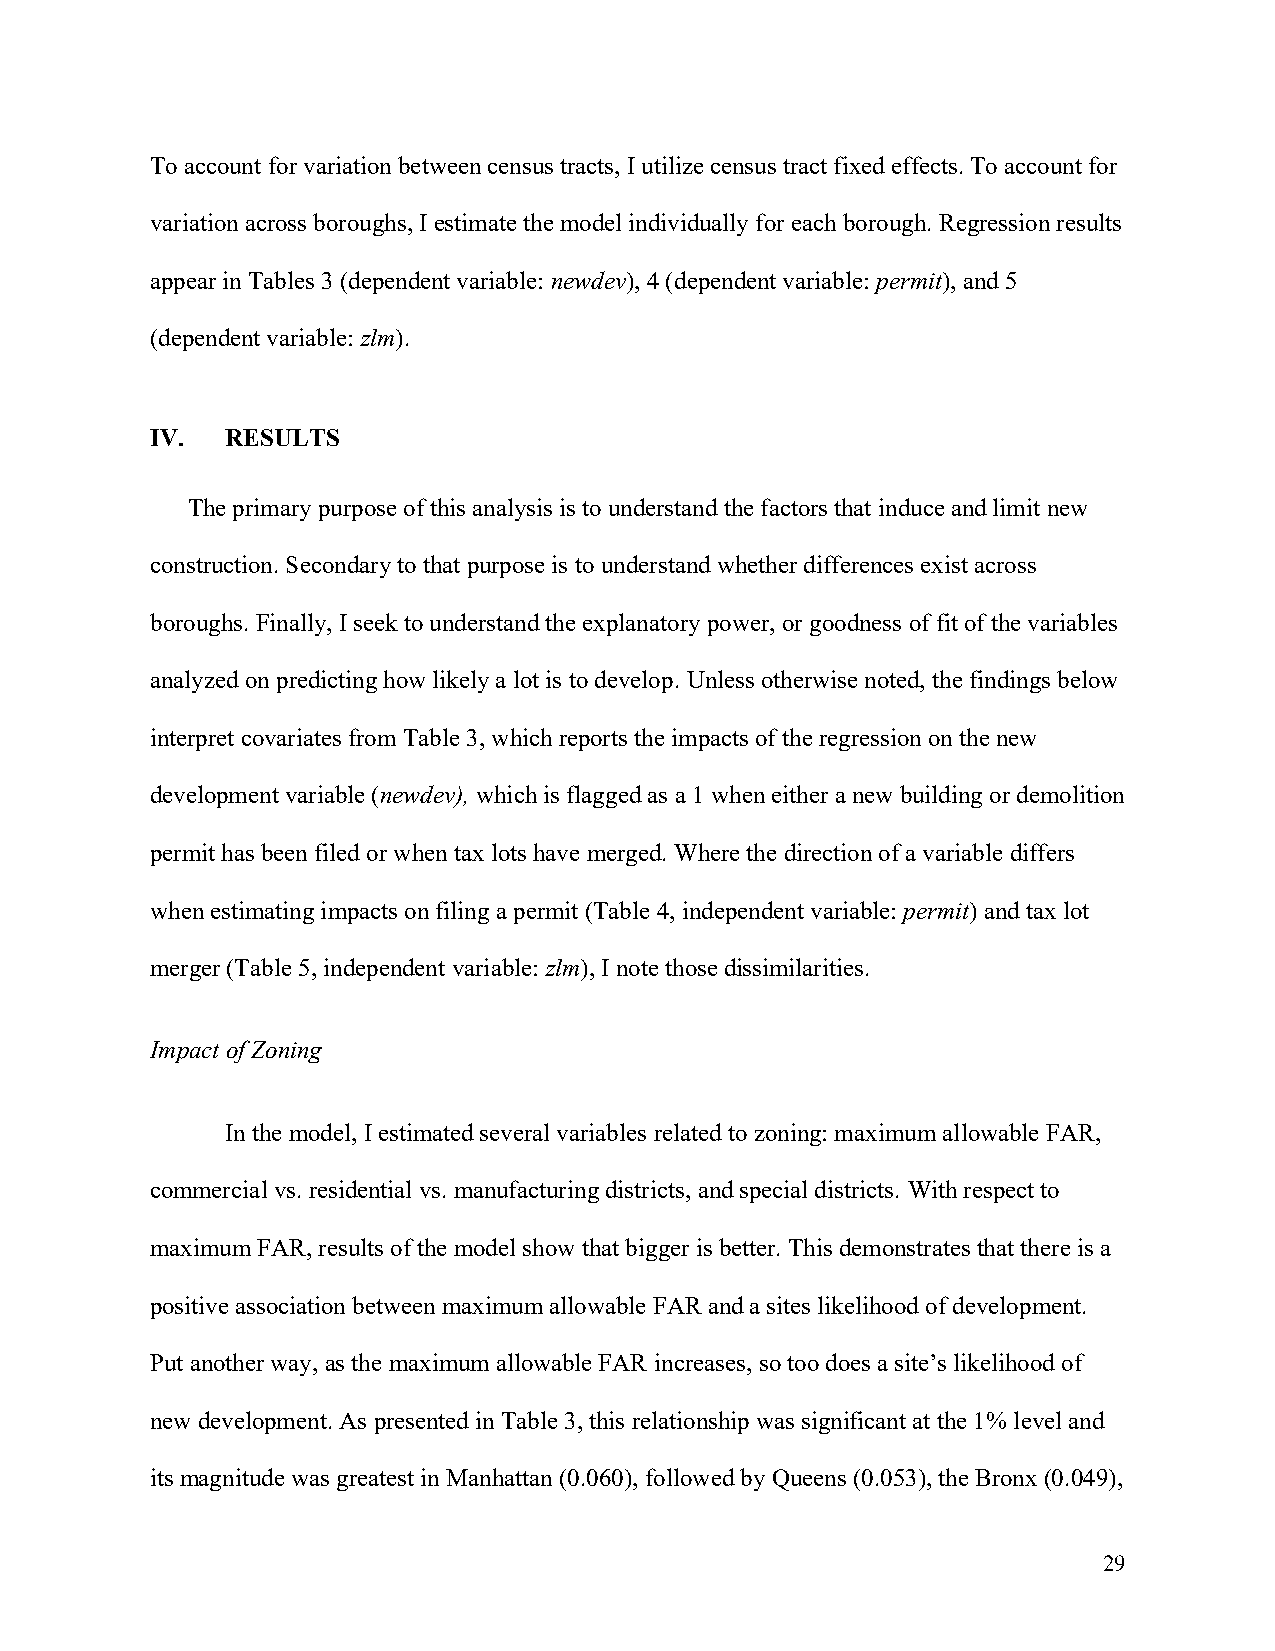
To account for variation between census tracts, I utilize census tract fixed effects. To account for
 variation across boroughs, I estimate the model individually for each borough. Regression results
 appear in Tables 3 (dependent variable: newdev), 4 (dependent variable: permit), and 5
 (dependent variable: zlm).
 IV.  RESULTS
 The primary purpose of this analysis is to understand the factors that induce and limit new
 construction. Secondary to that purpose is to understand whether differences exist across
 boroughs. Finally, I seek to understand the explanatory power, or goodness of fit of the variables
 analyzed on predicting how likely a lot is to develop. Unless otherwise noted, the findings below
 interpret covariates from Table 3, which reports the impacts of the regression on the new
 development variable (newdev), which is flagged as a 1 when either a new building or demolition
 permit has been filed or when tax lots have merged. Where the direction of a variable differs
 when estimating impacts on filing a permit (Table 4, independent variable: permit) and tax lot
 merger (Table 5, independent variable: zlm), I note those dissimilarities.
 Impact of Zoning
 In the model, I estimated several variables related to zoning: maximum allowable FAR,
 commercial vs. residential vs. manufacturing districts, and special districts. With respect to
 maximum FAR, results of the model show that bigger is better. This demonstrates that there is a
 positive association between maximum allowable FAR and a sites likelihood of development.
 Put another way, as the maximum allowable FAR increases, so too does a site’s likelihood of
 new development. As presented in Table 3, this relationship was significant at the 1% level and
 its magnitude was greatest in Manhattan (0.060), followed by Queens (0.053), the Bronx (0.049),
 29